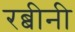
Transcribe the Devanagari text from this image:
रब्बीनी